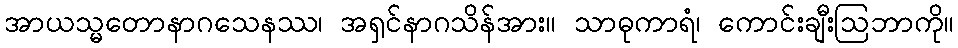
အာယသ္မတောနာဂသေနဿ၊ အရှင်နာဂသိန်အား။ သာဓုကာရံ၊ ကောင်းချီးဩဘာကို။